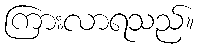
ကြားလာရသည်။